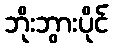
ဘိုးဘွားပိုင်